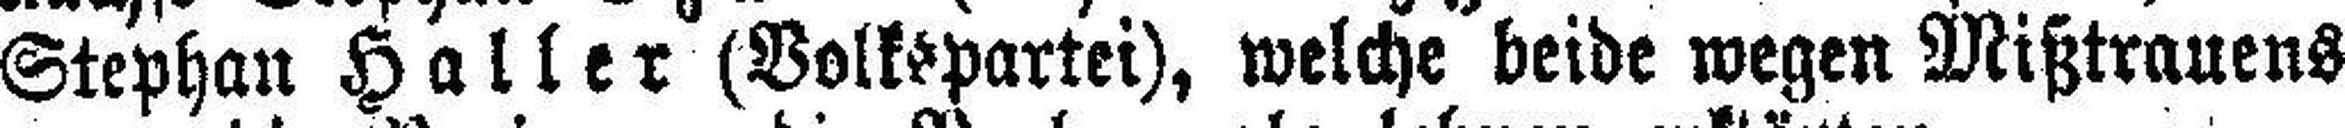
Stephan Haller (Volkspartei), welche beide wegen Mißtrauens